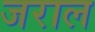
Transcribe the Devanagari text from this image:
जराल